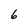
Character: 6